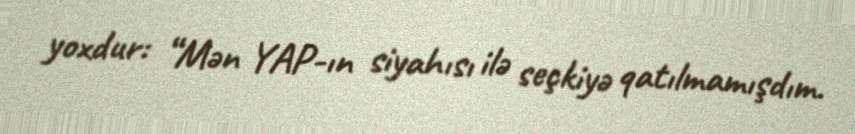
yoxdur: “Mən YAP-ın siyahısı ilə seçkiyə qatılmamışdım.